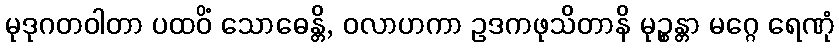
မုဒုဂတဝါတာ ပထဝိံ သောဓေန္တိ, ဝလာဟကာ ဥဒကဖုသိတာနိ မုဉ္စန္တာ မဂ္ဂေ ရေဏုံ